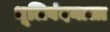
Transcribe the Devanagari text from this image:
धूलिवंदनाला